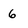
Character: 6